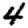
Digit: 4